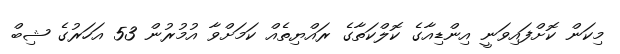
މިކަން ކޮށްފައިވަނީ އިންޑިއާގެ ކޮލްކަތާގެ ރައްޔިތެއް ކަމަށްވާ އުމުރުން 53 އަހަރުގެ ޝިބް